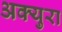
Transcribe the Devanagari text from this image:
अक्युरा